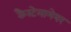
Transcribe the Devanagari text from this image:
कैस्टेलामेयर